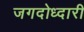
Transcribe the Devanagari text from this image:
जगदोध्दारी